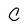
Character: C